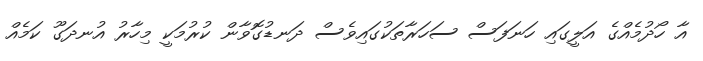
އާ ހޯދުމެއްގެ އަލީގައި ހަނަފަސް ސަހަރާތަކުގައިވެސް ދަނޑުގޮވާން ކުރުމަކީ މިހާރު އުނދަގޫ ކަމެއް